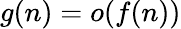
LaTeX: g(n)=o(f(n))